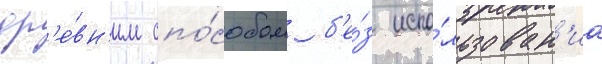
др'е́вн'им спо́собом б'е́з испо́льзован'иа